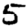
Digit: 5